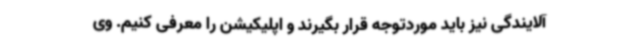
آلایندگی نیز باید موردتوجه قرار بگیرند و اپلیکیشن را معرفی کنیم. وی